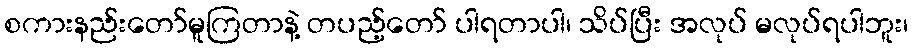
စကားနည်းတော်မူကြတာနဲ့ တပည့်တော် ပါရတာပါ၊ သိပ်ပြီး အလုပ် မလုပ်ရပါဘူး၊